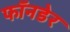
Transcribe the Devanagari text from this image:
फॉनडेर